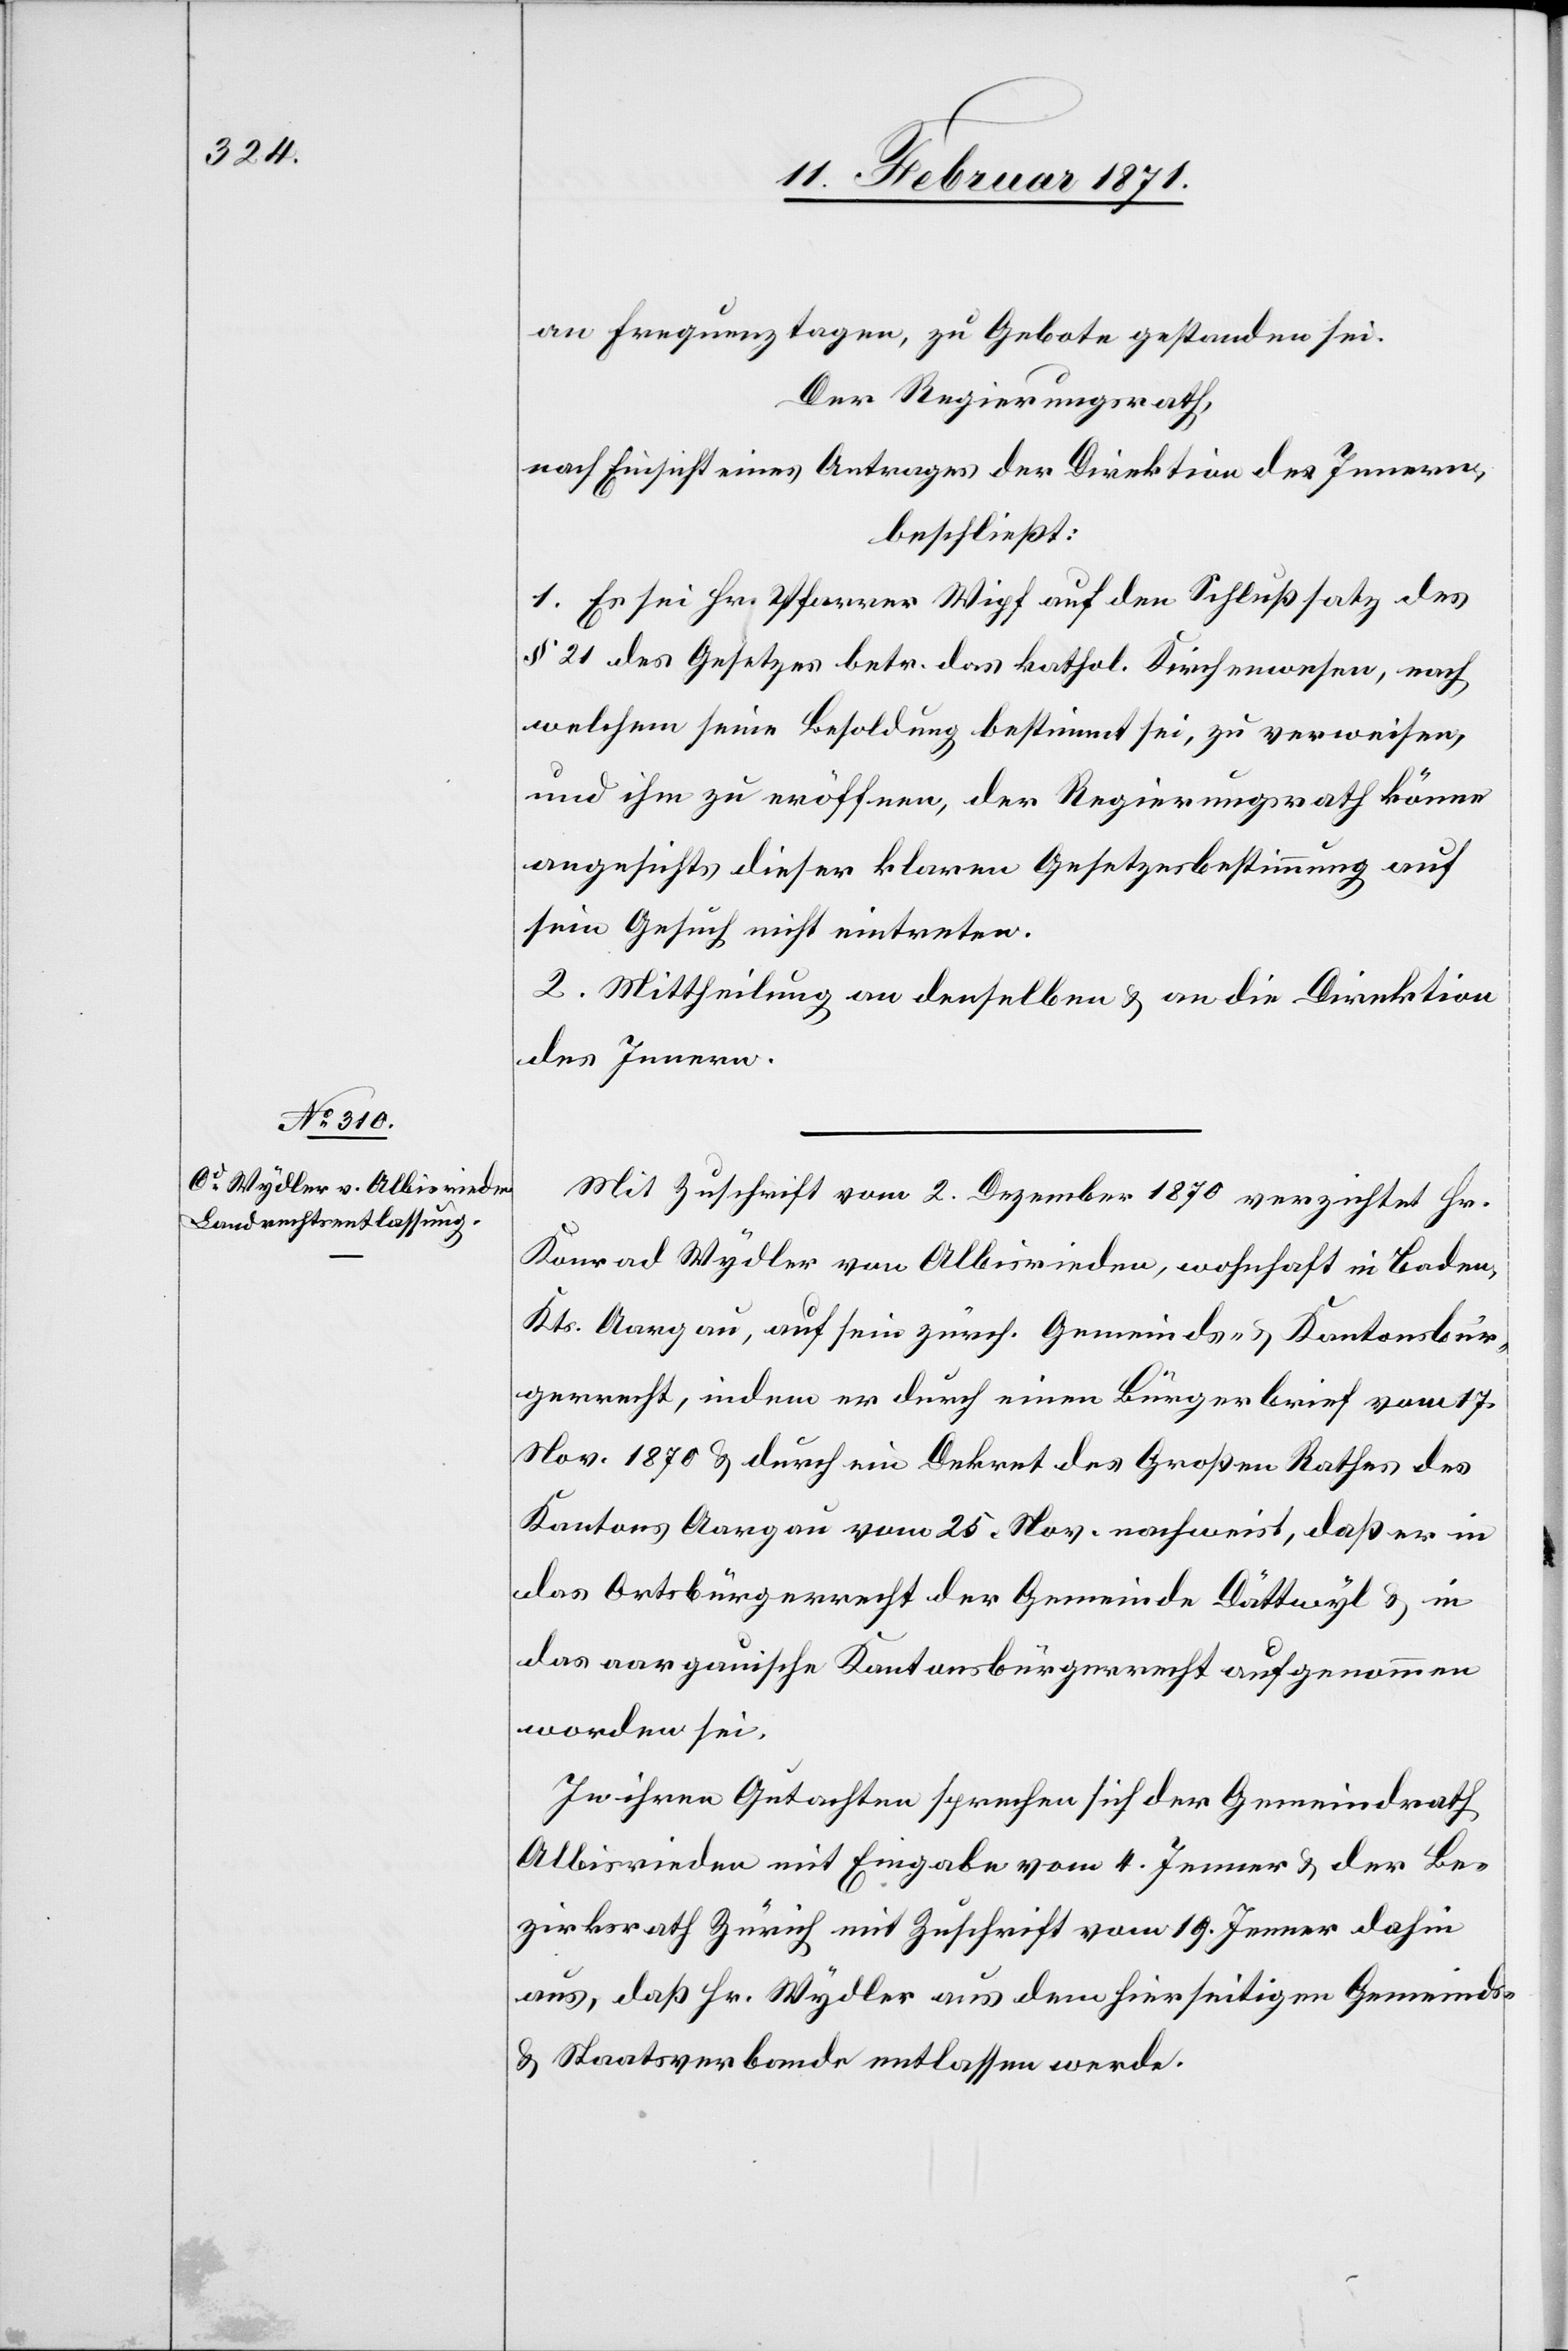
an Frequenztagen, zu Gebote gestanden sei.
Der Regierungsrath,
nach Einsicht eines Antrages der Direktion des Innern,
beschließt:
1. Es sei Hr. Pfarrer Wipf auf den Schlußsatz des
§ 21 des Gesetzes betr. das kathol. Kirchenwesen, nach
welchem seine Besoldung bestimmt sei, zu verweisen,
und ihm zu eröffnen, der Regierungsrath könne
angesichts dieser klaren Gesetzesbestimmung auf
sein Gesuch nicht eintreten.
2. Mittheilung an denselben u. an die Direktion
des Innern.
Mit Zuschrift vom 2. Dezember 1870 verzichtet Hr.
Konrad Wydler von Albisrieden, wohnhaft in Baden,
Kts. Aargau, auf sein zürch. Gemeinds- u. Kantonsbür¬
gerecht, indem er durch einen Bürgerbrief vom 17.
Nov. 1870 u. durch ein Dekret des Großen Rathes des
Kantons Aargau vom 25. Nov. nachweist, daß er in
das Ortsbürgerrecht der Gemeinde Dättwyl u. in
das aargauische Kantonsbürgerrecht aufgenommen
worden sei.
In ihren Gutachten sprechen sich der Gemeindrath
Albisrieden mit Eingabe vom 4. Jenner u. der Be¬
zirksrath Zürich mit Zuschrift vom 19. Jenner dahin
aus, daß Hr. Wydler aus dem hierseitigen Gemeinds-
u. Staatsverbande entlassen werde.